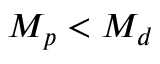
M _ { p } < M _ { d }